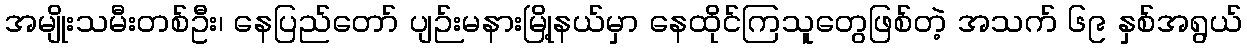
အမျိုးသမီးတစ်ဦး၊ နေပြည်တော် ပျဉ်းမနားမြို့နယ်မှာ နေထိုင်ကြသူတွေဖြစ်တဲ့ အသက် ၆၉ နှစ်အရွယ်